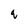
Character: q